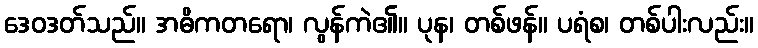
ဒေဝဒတ်သည်။ အဓိကတရော၊ လွန်ကဲ၏။ ပုန၊ တစ်ဖန်။ ပရံစ၊ တစ်ပါးလည်း။